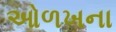
ઓળખના